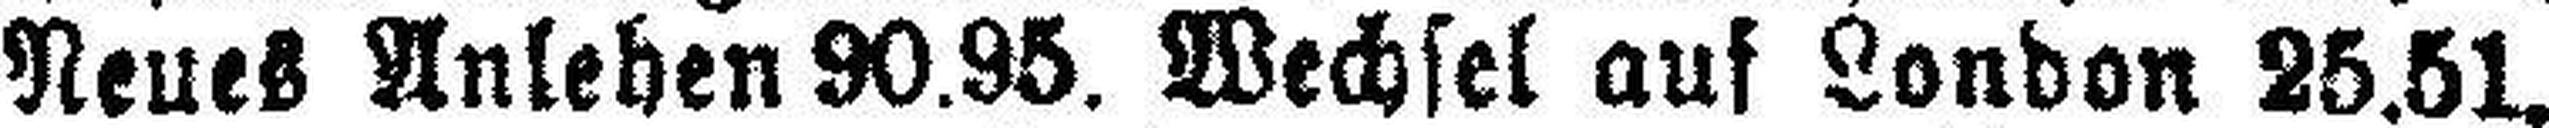
Neues Anlehen 90.95. Wechsel auf London 25.51.